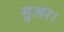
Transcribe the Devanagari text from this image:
सुअर।